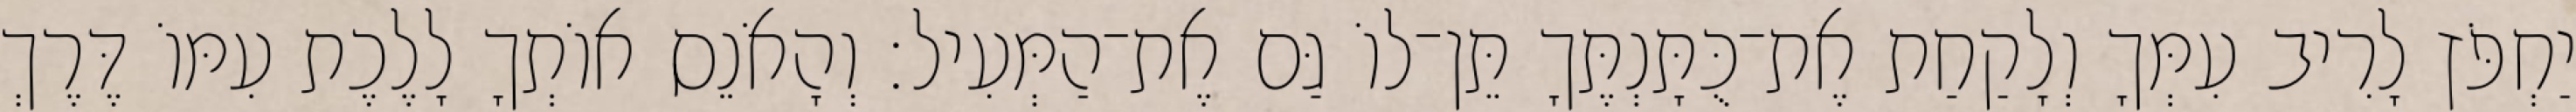
יַחְפֹּץ לָרִיב עִמְּךָ וְלָקַחַת אֶת־כֻּתָּנְתֶּךָ תֵּן־לוֹ גַּם אֶת־הַמְּעִיל׃ וְהָאֹנֵס אוֹתְךָ לָלֶכֶת עִמּוֹ דֶּרֶךְ